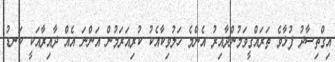
އިގްތިސާދު ފުޅާވެ ތަރައްގީވަމުންދާއިރު އެންމެ ހަލުވިކާއެކު ކުރިއަރަމުން އަންނަ އެއް ދާއިރާއަކީ ކަނޑު